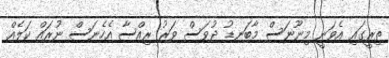
ތިރީގައި އެވަނީ މިނޫނަސް މާބަނޑު ދުވަސް ވަރު ރިއްސާ އެހެނަސް ނުރައް ކަލެއް